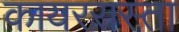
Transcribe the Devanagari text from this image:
कायररास्ता